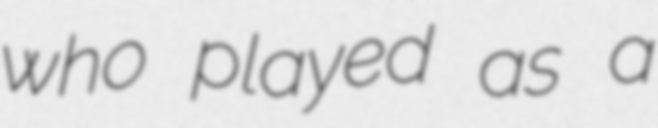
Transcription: who played as a